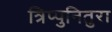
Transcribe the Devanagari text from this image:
त्रिप्पुनितुरा